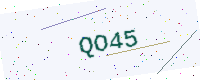
Text: QO45